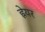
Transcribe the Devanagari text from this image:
ह्नेयर